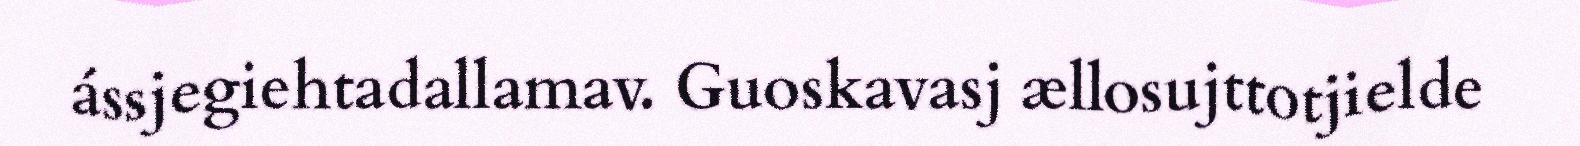
ássjegiehtadallamav. Guoskavasj ællosujttotjielde